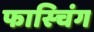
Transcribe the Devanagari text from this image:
फास्चिंग